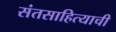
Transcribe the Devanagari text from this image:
संतसाहित्याची